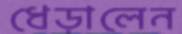
ধেড়ালেন